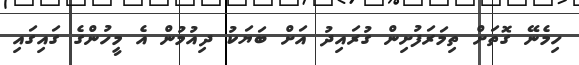
ހިމެނޭ ގޮތަށް ތިމަރަފުށިން ގުރައިދު އަށް ބަޔަކު ދިއުމުން އެ މީހުންގެ ގައިގައި